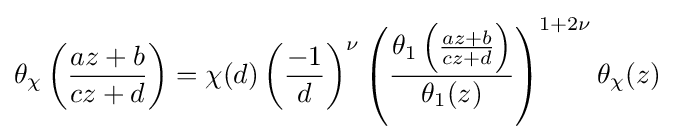
\theta _{\chi }\left({\frac {az+b}{cz+d}}\right)=\chi (d)\left({\frac {-1}{d}}\right)^{\nu }\left({\frac {\theta _{1}\left({\frac {az+b}{cz+d}}\right)}{\theta _{1}(z)}}\right)^{1+2\nu }\theta _{\chi }(z)